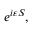
e ^ { i \varepsilon S } ,